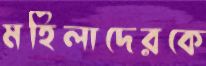
মহিলাদেরকে